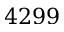
4 2 9 9